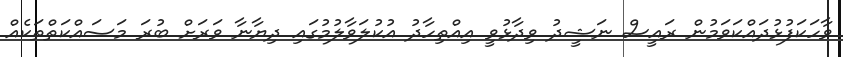
ވާހަކަފުޅުދައްކަވަމުން ރައީސް ނަޝީދު ވިދާޅުވީ އިއްތިހާދު އުކުލަވާލުމުގައި ދިޔާނާ ވަރަށް ބުރަ މަސައްކަތްތަކެއް